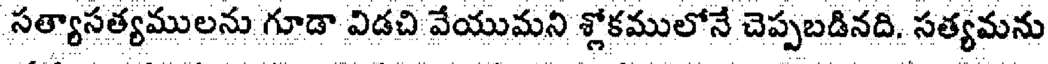
సత్యాసత్యములను గూడా విడచి వేయుమని శ్లోకములోనే చెప్పబడినది, సత్యమను